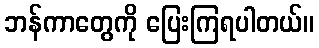
ဘန်ကာတွေကို ပြေးကြရပါတယ်။